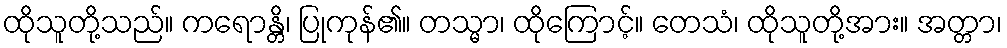
ထိုသူတို့သည်။ ကရောန္တိ၊ ပြုကုန်၏။ တသ္မာ၊ ထိုကြောင့်။ တေသံ၊ ထိုသူတို့အား။ အတ္တာ၊